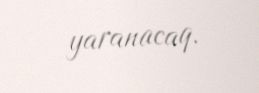
yaranacaq.